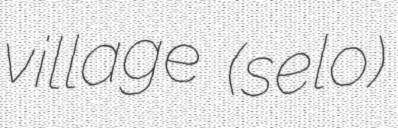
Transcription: village (selo)